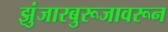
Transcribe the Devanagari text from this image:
झुंजारबुरूजावरून